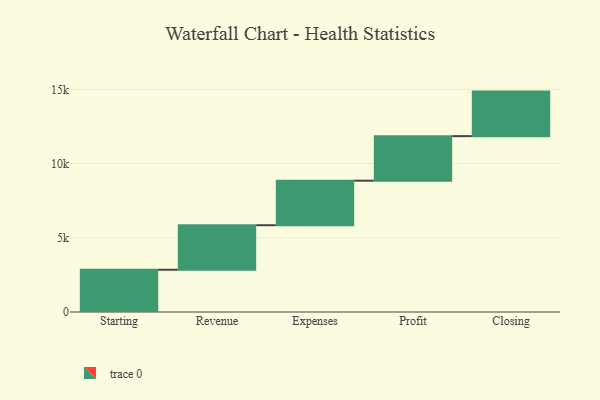
{"axis": {"x": "Step", "y": "Value"}, "legend": [""], "data": [{"x": "Starting", "y": 2845.0, "type": ""}, {"x": "Revenue", "y": 3000, "type": ""}, {"x": "Expenses", "y": 3000, "type": ""}, {"x": "Profit", "y": 3000, "type": ""}, {"x": "Closing", "y": 3000, "type": ""}]}